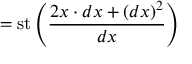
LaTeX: = \operatorname { s t } \left( { \frac { 2 x \cdot d x + ( d x ) ^ { 2 } } { d x } } \right)